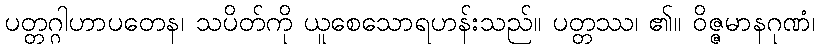
ပတ္တဂ္ဂါဟာပတေန၊ သပိတ်ကို ယူစေသောရဟန်းသည်။ ပတ္တဿ၊ ၏။ ဝိဇ္ဇမာနဂုဏံ၊